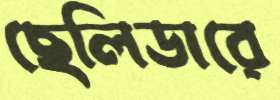
ছেলিডারে